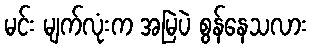
မင်း မျက်လုံးက အမြဲပဲ စွန်နေသလား